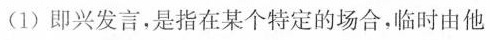
(1)即兴发言，是指在某个特定的场合，临时由他